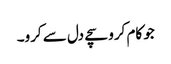
جو کام کرو سچے دل سے کرو۔